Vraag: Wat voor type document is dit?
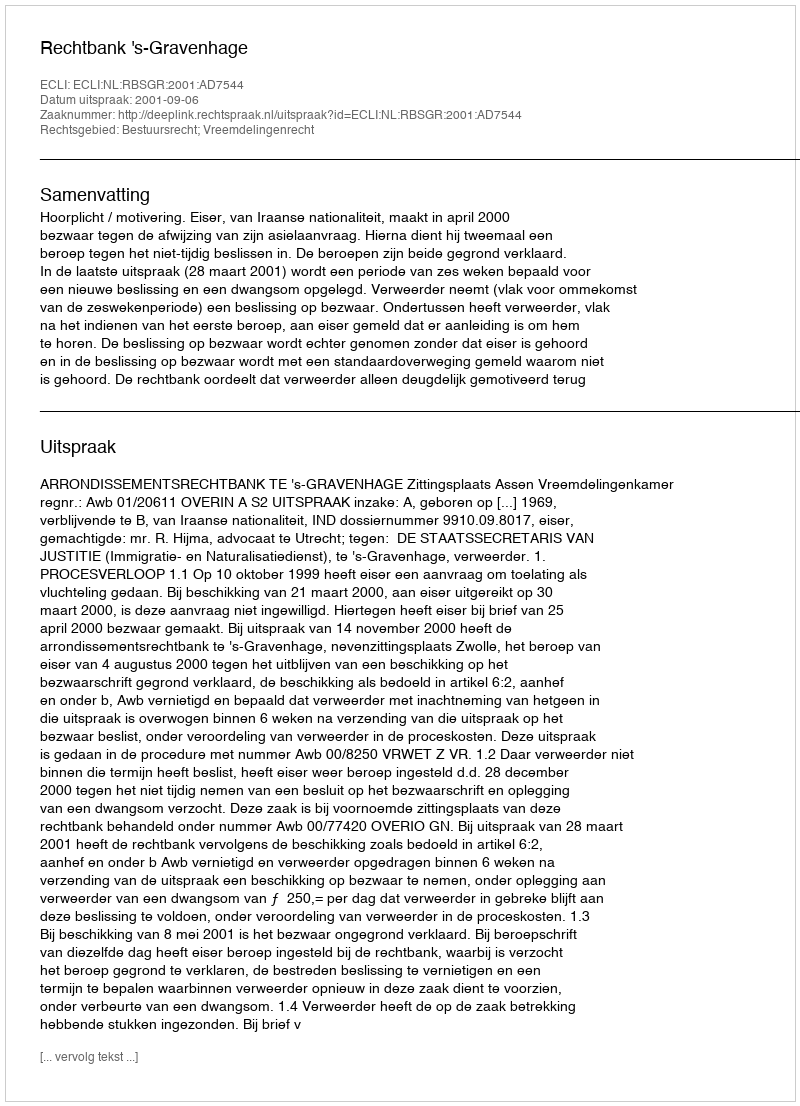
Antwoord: Uitspraak